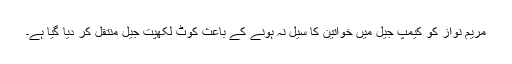
مریم نواز کو کیمپ جیل میں خواتین کا سیل نہ ہونے کے باعث کوٹ لکھپت جیل منتقل کر دیا گیا ہے۔